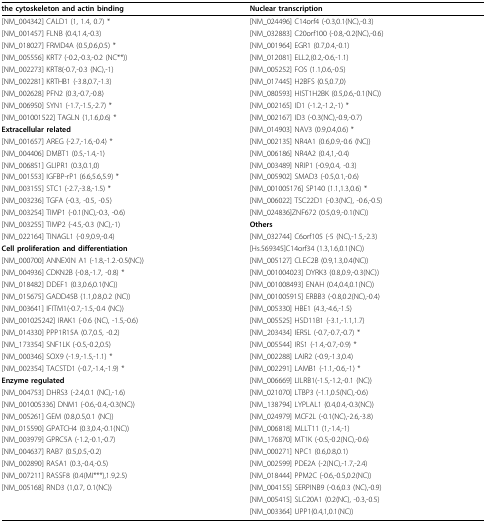
<table><thead><tr><td><b>the cytoskeleton and actin binding</b></td><td><b>Nuclear transcription</b></td></tr></thead><tbody><tr><td>[NM_004342] CALD1 (1, 1.4, 0.7) *</td><td>[NM_024496] C14orf4 (-0.3,0.1(NC),-0.3)</td></tr><tr><td>[NM_001457] FLNB (0.4,1.4,-0.3)</td><td>[NM_032883] C20orf100 (-0.8,-0.2(NC),-0.6)</td></tr><tr><td>[NM_018027] FRMD4A (0.5,0.6,0.5) *</td><td>[NM_001964] EGR1 (0.7,0.4,-0.1)</td></tr><tr><td>[NM_005556] KRT7 (-0.2,-0.3,-0.2 (NC**))</td><td>[NM_012081] ELL2,(0.2,-0.6,-1.1)</td></tr><tr><td>[NM_002273] KRT8(-0.7,-0.3 (NC),-1)</td><td>[NM_005252] FOS (1.1,0.6,-0.5)</td></tr><tr><td>[NM_002281] KRTHB1 (-3.8,0.7,-1.3)</td><td>[NM_017445] H2BFS (0.5,0.7,0)</td></tr><tr><td>[NM_002628] PFN2 (0.3,-0.7,-0.8)</td><td>[NM_080593] HIST1H2BK (0.5,0.6,-0.1(NC))</td></tr><tr><td>[NM_006950] SYN1 (-1.7,-1.5,-2.7) *</td><td>[NM_002165] ID1 (-1.2,-1.2,-1) *</td></tr><tr><td>[NM_001001522] TAGLN (1,1.6,0.6) *</td><td>[NM_002167] ID3 (-0.3(NC),-0.9,-0.7)</td></tr><tr><td><b>Extracellular related</b></td><td>[NM_014903] NAV3 (0.9,0.4,0.6) *</td></tr><tr><td>[NM_001657] AREG (-2.7,-1.6,-0.4) *</td><td>[NM_002135] NR4A1 (0.6,0.9,-0.6 (NC))</td></tr><tr><td>[NM_004406] DMBT1 (0.5,-1.4,-1)</td><td>[NM_006186] NR4A2 (0.4,1,-0.4)</td></tr><tr><td>[NM_006851] GLIPR1 (0.3,0.1,0)</td><td>[NM_003489] NRIP1 (-0.9,0.4, -0.3)</td></tr><tr><td>[NM_001553] IGFBP-rP1 (6.6,5.6,5.9) *</td><td>[NM_005902] SMAD3 (-0.5,0.1,-0.6)</td></tr><tr><td>[NM_003155] STC1 (-2.7,-3.8,-1.5) *</td><td>[NM_001005176] SP140 (1.1,1.3,0.6) *</td></tr><tr><td>[NM_003236] TGFA (-0.3, -0.5, -0.5)</td><td>[NM_006022] TSC22D1 (-0.3(NC), -0.6,-0.5)</td></tr><tr><td>[NM_003254] TIMP1 (-0.1(NC),-0.3, -0.6)</td><td>[NM_024836]ZNF672 (0.5,0.9,-0.1(NC))</td></tr><tr><td>[NM_003255] TIMP2 (-4.5,-0.3 (NC),-1)</td><td><b>Others</b></td></tr><tr><td>[NM_022164] TINAGL1 (-0.9,0.9,-0.4)</td><td>[NM_032744] C6orf105 (-5 (NC),-1.5,-2.3)</td></tr><tr><td><b>Cell proliferation and differentiation</b></td><td>[Hs.569345]C14orf34 (1.3,1.6,0.1(NC))</td></tr><tr><td>[NM_000700] ANNEXIN A1 (-1.8,-1.2.-0.5(NC))</td><td>[NM_005127] CLEC2B (0.9,1.3,0.4(NC))</td></tr><tr><td>[NM_004936] CDKN2B (-0.8,-1.7, -0.8) *</td><td>[NM_001004023] DYRK3 (0.8,0.9,-0.3(NC))</td></tr><tr><td>[NM_018482] DDEF1 (0.3,0.6,0.1(NC))</td><td>[NM_001008493] ENAH (0.4,0.4,0.1(NC))</td></tr><tr><td>[NM_015675] GADD45B (1.1,0.8,0.2 (NC))</td><td>[NM_001005915] ERBB3 (-0.8,0.2(NC),-0.4)</td></tr><tr><td>[NM_003641] IFITM1(-0.7,-1.5,-0.4 (NC))</td><td>[NM_005330] HBE1 (4.3,-4.6,-1.5)</td></tr><tr><td>[NM_001025242] IRAK1 (-0.6 (NC), -1.5,-0.6)</td><td>[NM_005525] HSD11B1 (-3.1,-1.1,1.7)</td></tr><tr><td>[NM_014330] PPP1R15A (0.7,0.5, -0.2)</td><td>[NM_203434] IER5L (-0.7,-0.7,-0.7) *</td></tr><tr><td>[NM_173354] SNF1LK (-0.5,-0.2,0.5)</td><td>[NM_005544] IRS1 (-1.4,-0.7,-0.9) *</td></tr><tr><td>[NM_000346] SOX9 (-1.9,-1.5,-1.1) *</td><td>[NM_002288] LAIR2 (-0.9,-1.3,0.4)</td></tr><tr><td>[NM_002354] TACSTD1 (-0.7,-1.4,-1.9) *</td><td>[NM_002291] LAMB1 (-1.1,-0.6,-1) *</td></tr><tr><td><b>Enzyme regulated</b></td><td>[NM_006669] LILRB1(-1.5,-1.2,-0.1 (NC))</td></tr><tr><td>[NM_004753] DHRS3 (-2.4,0.1 (NC),-1.6)</td><td>[NM_021070] LTBP3 (-1.1,0.5(NC),-0.6)</td></tr><tr><td>[NM_001005336] DNM1 (-0.6,-0.4,-0.3(NC))</td><td>[NM_138794] LYPLAL1 (0.4,0.4,-0.3(NC))</td></tr><tr><td>[NM_005261] GEM (0.8,0.5,0.1 (NC))</td><td>[NM_024979] MCF2L (-0.1(NC),-2.6,-3.8)</td></tr><tr><td>[NM_015590] GPATCH4 (0.3,0.4,-0.1(NC))</td><td>[NM_006818] MLLT11 (1,-1.4,-1)</td></tr><tr><td>[NM_003979] GPRC5A (-1.2,-0.1,-0.7)</td><td>[NM_176870] MT1K (-0.5,-0.2(NC),-0.6)</td></tr><tr><td>[NM_004637] RAB7 (0.5,0.5,-0.2)</td><td>[NM_000271] NPC1 (0.6,0.8,0.1)</td></tr><tr><td>[NM_002890] RASA1 (0.3,-0.4,-0.5)</td><td>[NM_002599] PDE2A (-2(NC),-1.7,-2.4)</td></tr><tr><td>[NM_007211] RASSF8 (0.4(MI***),1.9,2.5)</td><td>[NM_018444] PPM2C (-0.6,-0.5,0.2(NC))</td></tr><tr><td>[NM_005168] RND3 (1,0.7, 0.1(NC))</td><td>[NM_004155] SERPINB9 (-0.6,0.3 (NC),-0.9)</td></tr><tr><td></td><td>[NM_005415] SLC20A1 (0.2(NC), -0.3,-0.5)</td></tr><tr><td></td><td>[NM_003364] UPP1(0.4,1,0.1(NC))</td></tr></tbody></table>